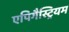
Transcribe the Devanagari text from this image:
एपिगैस्ट्रियम